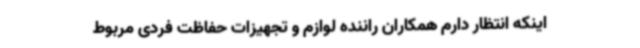
اینکه انتظار دارم همکاران راننده لوازم و تجهیزات حفاظت فردی مربوط